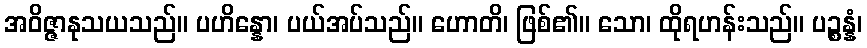
အဝိဇ္ဇာနုသယသည်။ ပဟိန္နော၊ ပယ်အပ်သည်။ ဟောတိ၊ ဖြစ်၏။ သော၊ ထိုရဟန်းသည်။ ပဉ္စန္နံ၊